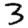
Digit: 3